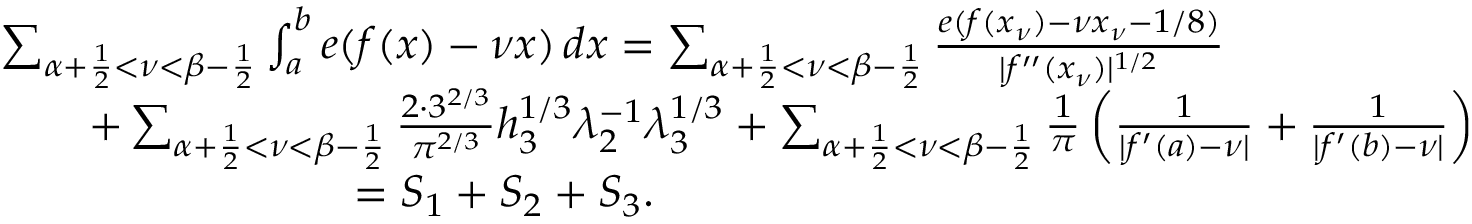
\begin{array} { r l } & { \sum _ { \alpha + \frac { 1 } { 2 } < \nu < \beta - \frac { 1 } { 2 } } \int _ { a } ^ { b } e ( f ( x ) - \nu x ) \, d x = \sum _ { \alpha + \frac { 1 } { 2 } < \nu < \beta - \frac { 1 } { 2 } } \frac { e ( f ( x _ { \nu } ) - \nu x _ { \nu } - 1 / 8 ) } { | f ^ { \prime \prime } ( x _ { \nu } ) | ^ { 1 / 2 } } } \\ & { \qquad + \sum _ { \alpha + \frac { 1 } { 2 } < \nu < \beta - \frac { 1 } { 2 } } \frac { 2 \cdot 3 ^ { 2 / 3 } } { \pi ^ { 2 / 3 } } h _ { 3 } ^ { 1 / 3 } \lambda _ { 2 } ^ { - 1 } \lambda _ { 3 } ^ { 1 / 3 } + \sum _ { \alpha + \frac { 1 } { 2 } < \nu < \beta - \frac { 1 } { 2 } } \frac { 1 } { \pi } \left( \frac { 1 } { | f ^ { \prime } ( a ) - \nu | } + \frac { 1 } { | f ^ { \prime } ( b ) - \nu | } \right) } \\ & { \qquad \qquad \qquad \qquad = S _ { 1 } + S _ { 2 } + S _ { 3 } . } \end{array}